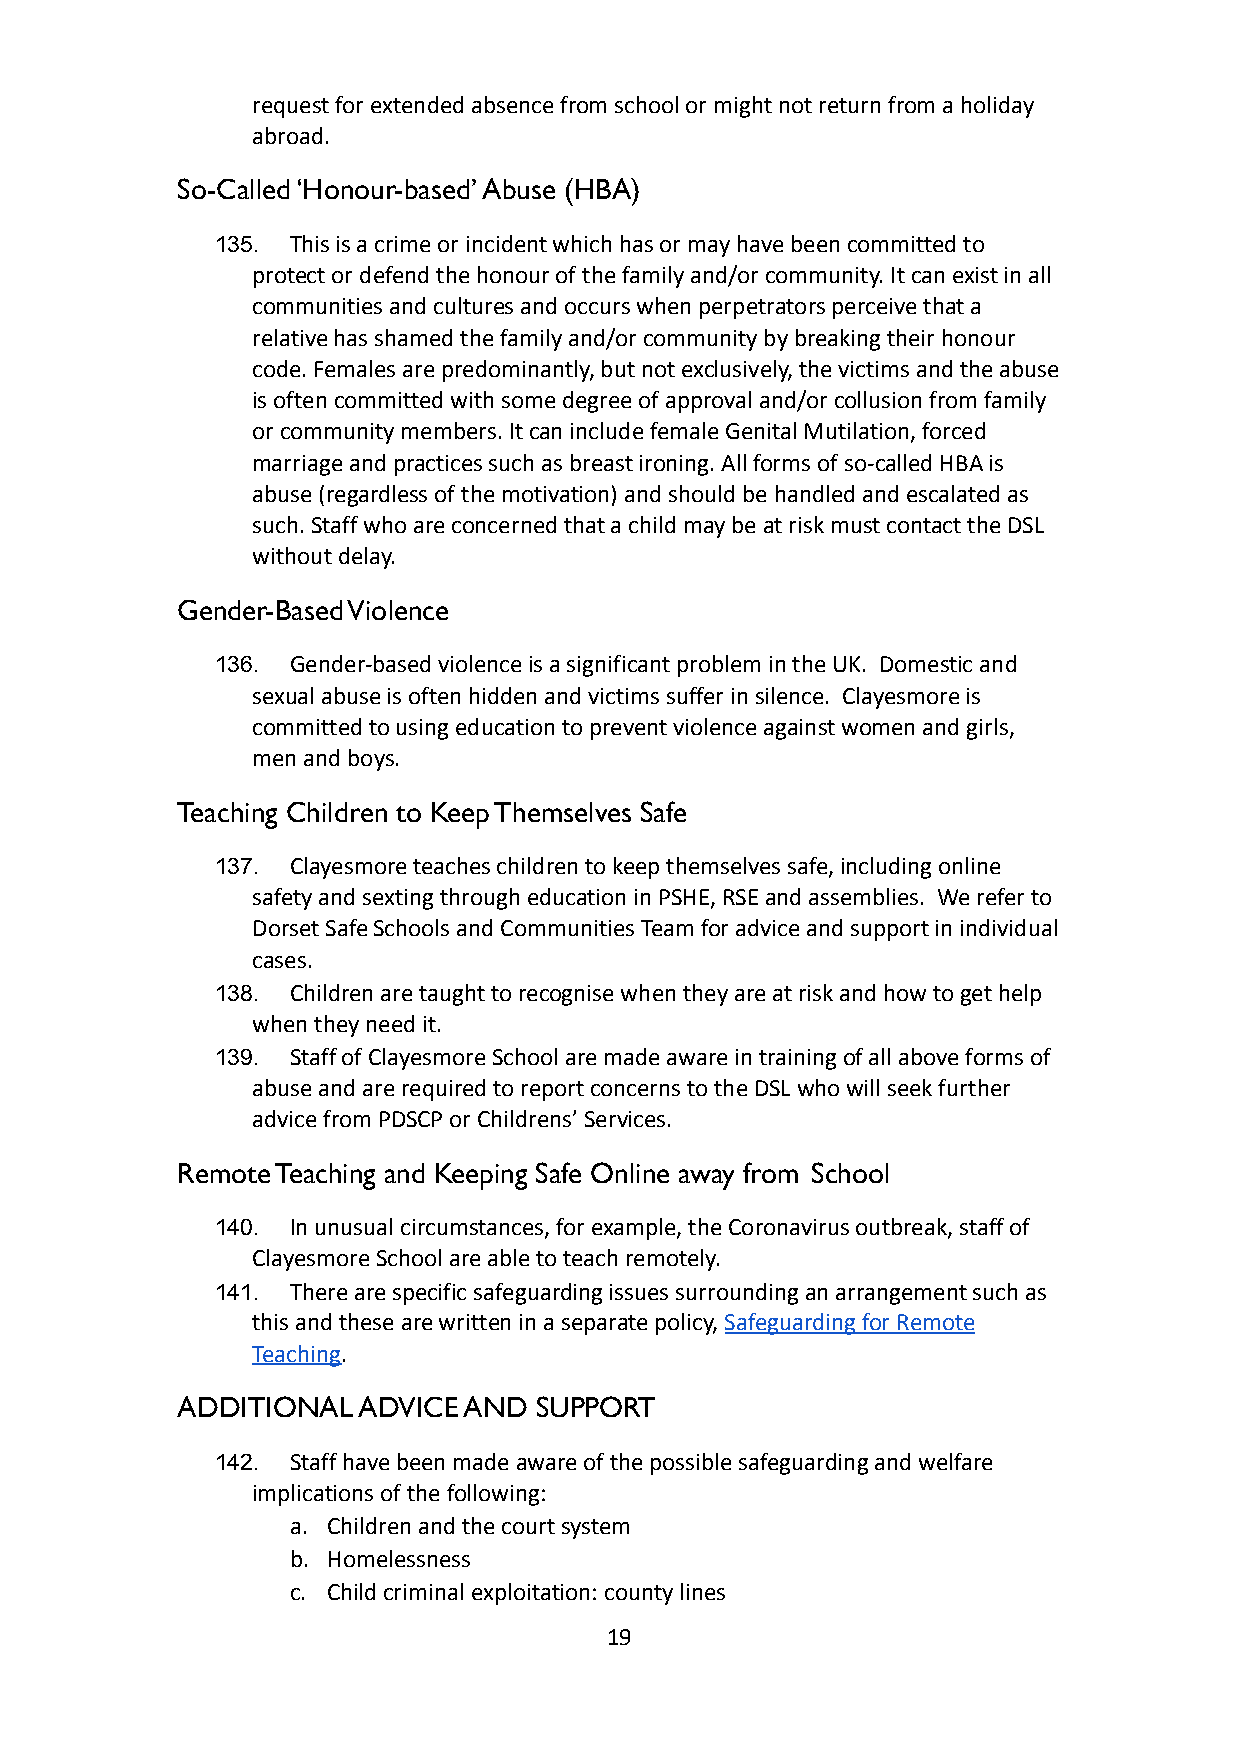
request for extended absence from school or might not return from a holiday
 abroad.
 So-Called ‘Honour-based’ Abuse (HBA)
 135. This is a crime or incident which has or may havebeen committed to
 protect or defend the honour of the family and/orcommunity. It can exist in all
 communities and cultures and occurs when perpetratorsperceive that a
 relative has shamed the family and/or community bybreaking their honour
 code. Females are predominantly, but not exclusively,the victims and the abuse
 is often committed with some degree of approval and/orcollusion from family
 or community members. It can include female GenitalMutilation, forced
 marriage and practices such as breast ironing. Allforms of so-called HBA is
 abuse (regardless of the motivation) and should behandled and escalated as
 such. Staff who are concerned that a child may beat risk must contact the DSL
 without delay.
 Gender-Based Violence
 136. Gender-based violence is a significant problem inthe UK. Domestic and
 sexual abuse is often hidden and victims suffer insilence. Clayesmore is
 committed to using education to prevent violence againstwomen and girls,
 men and boys.
 Teaching Children to Keep Themselves Safe
 137. Clayesmore teaches children to keep themselves safe,including online
 safety and sexting through education in PSHE, RSEand assemblies. We refer to
 Dorset Safe Schools and Communities Team for adviceand support in individual
 cases.
 138. Children are taught to recognise when they are atrisk and how to get help
 when they need it.
 139. Staff of Clayesmore School are made aware in trainingof all above forms of
 abuse and are required to report concerns to the DSLwho will seek further
 advice from PDSCP or Childrens’ Services.
 Remote Teaching and Keeping Safe Online away from School
 140. In unusual circumstances, for example, the Coronavirusoutbreak, staff of
 Clayesmore School are able to teach remotely.
 141. There are specific safeguarding issues surroundingan arrangement such as
 this and these are written in a separate policy,Safeguardingfor Remote
 Teaching.
 ADDITIONAL  ADVICE AND SUPPORT
 142. Staff have been made aware of the possible safeguardingand welfare
 implications of the following:
 a. Children and the court system
 b. Homelessness
 c. Child criminal exploitation: county lines
 19